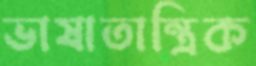
ভাষাতান্ত্রিক